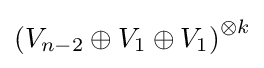
\left(V_{n-2}\oplus V_{1}\oplus V_{1}\right)^{\otimes k}